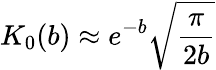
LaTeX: K_{0}(b)\approx e^{-b}\sqrt{\frac{\pi}{2b}}